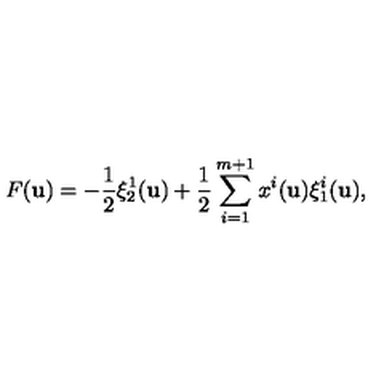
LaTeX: F ( { \bf u } ) = - \frac { 1 } { 2 } \xi _ { 2 } ^ { 1 } ( { \bf u } ) + \frac { 1 } { 2 } \sum _ { i = 1 } ^ { m + 1 } x ^ { i } ( { \bf u } ) \xi _ { 1 } ^ { i } ( { \bf u } ) ,